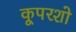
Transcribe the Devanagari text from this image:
कूपरशो